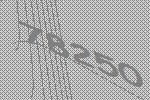
78250